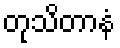
တုသိတာနံ